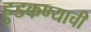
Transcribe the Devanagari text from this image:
हुडकण्याची